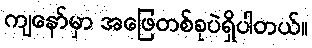
ကျနော်မှာ အဖြေတစ်ခုပဲရှိပါတယ်။